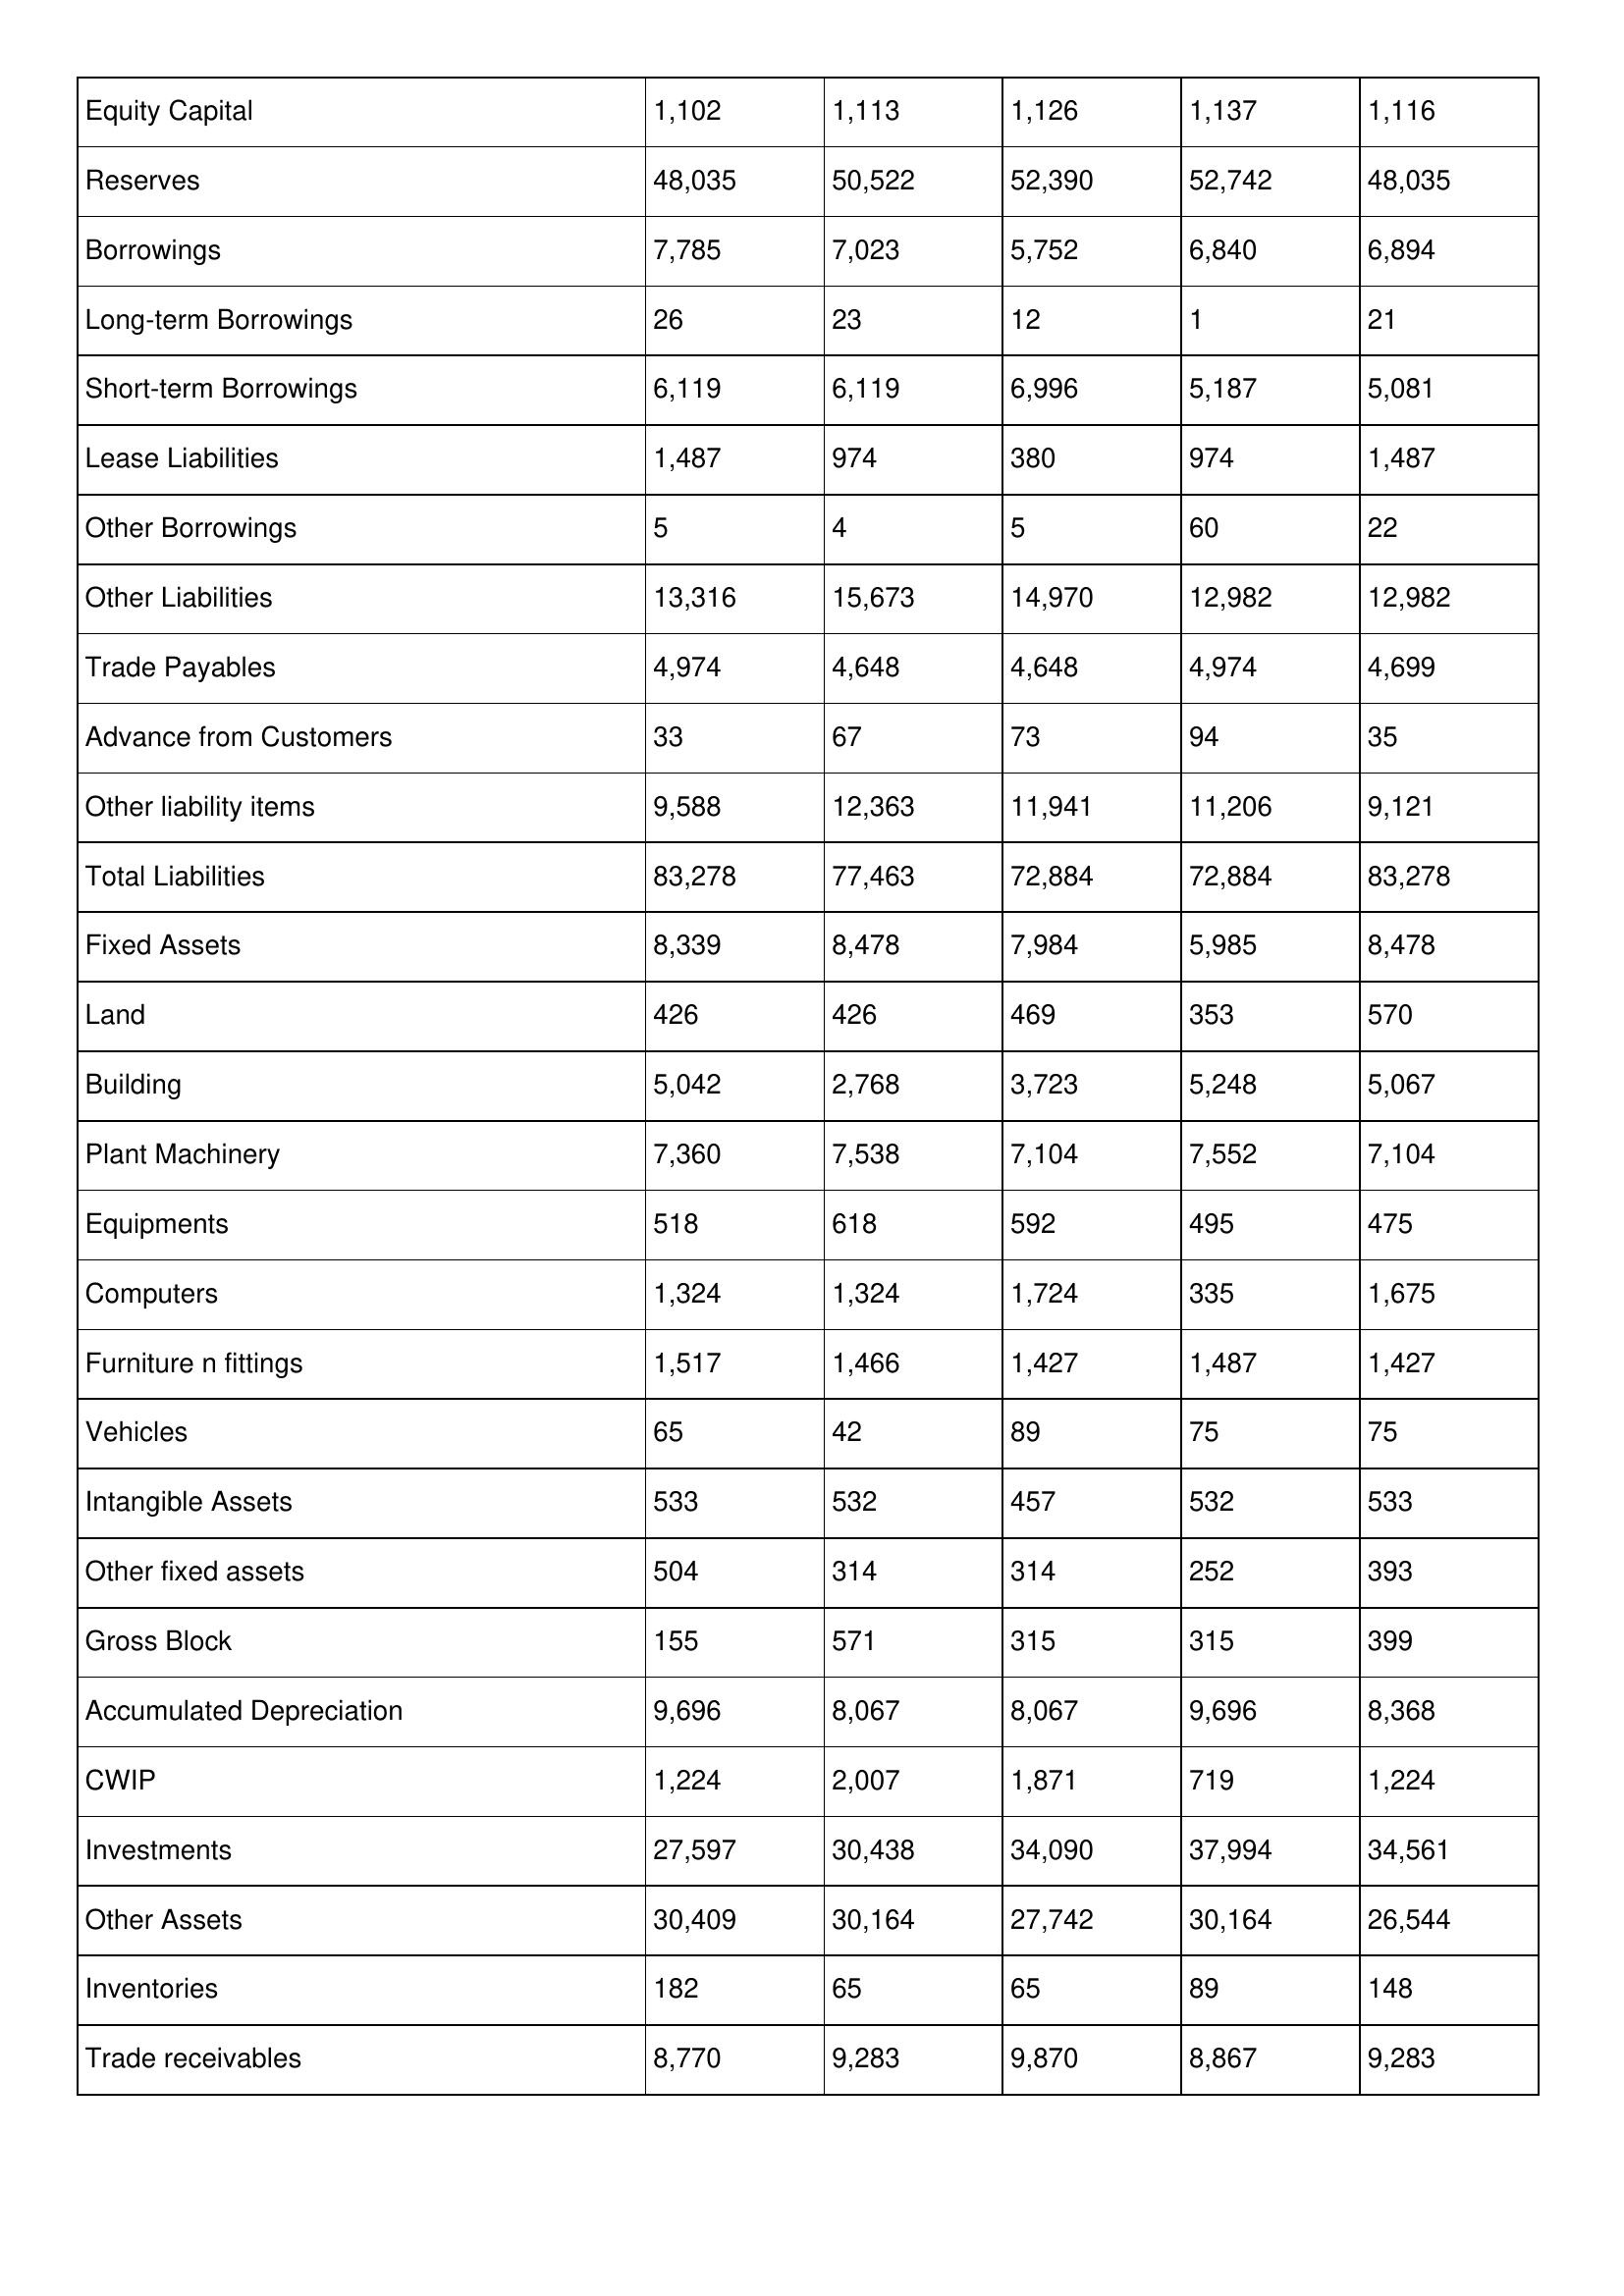
gt_parse: 2014: Balance Sheet: Equity Capital: 1,102
Reserves: 48,035
Borrowings: 7,785
Long-term Borrowings: 26
Short-term Borrowings: 6,119
Lease Liabilities: 1,487
Other Borrowings: 5
Other Liabilities: 13,316
Trade Payables: 4,974
Advance from Customers: 33
Other liability items: 9,588
Total Liabilities: 83,278
Fixed Assets: 8,339
Land: 426
Building: 5,042
Plant Machinery: 7,360
Equipments: 518
Computers: 1,324
Furniture n fittings: 1,517
Vehicles: 65
Intangible Assets: 533
Other fixed assets: 504
Gross Block: 155
Accumulated Depreciation: 9,696
CWIP: 1,224
Investments: 27,597
Other Assets: 30,409
Inventories: 182
Trade receivables: 8,770
2013: Balance Sheet: Equity Capital: 1,113
Reserves: 50,522
Borrowings: 7,023
Long-term Borrowings: 23
Short-term Borrowings: 6,119
Lease Liabilities: 974
Other Borrowings: 4
Other Liabilities: 15,673
Trade Payables: 4,648
Advance from Customers: 67
Other liability items: 12,363
Total Liabilities: 77,463
Fixed Assets: 8,478
Land: 426
Building: 2,768
Plant Machinery: 7,538
Equipments: 618
Computers: 1,324
Furniture n fittings: 1,466
Vehicles: 42
Intangible Assets: 532
Other fixed assets: 314
Gross Block: 571
Accumulated Depreciation: 8,067
CWIP: 2,007
Investments: 30,438
Other Assets: 30,164
Inventories: 65
Trade receivables: 9,283
2012: Balance Sheet: Equity Capital: 1,126
Reserves: 52,390
Borrowings: 5,752
Long-term Borrowings: 12
Short-term Borrowings: 6,996
Lease Liabilities: 380
Other Borrowings: 5
Other Liabilities: 14,970
Trade Payables: 4,648
Advance from Customers: 73
Other liability items: 11,941
Total Liabilities: 72,884
Fixed Assets: 7,984
Land: 469
Building: 3,723
Plant Machinery: 7,104
Equipments: 592
Computers: 1,724
Furniture n fittings: 1,427
Vehicles: 89
Intangible Assets: 457
Other fixed assets: 314
Gross Block: 315
Accumulated Depreciation: 8,067
CWIP: 1,871
Investments: 34,090
Other Assets: 27,742
Inventories: 65
Trade receivables: 9,870
2011: Balance Sheet: Equity Capital: 1,137
Reserves: 52,742
Borrowings: 6,840
Long-term Borrowings: 1
Short-term Borrowings: 5,187
Lease Liabilities: 974
Other Borrowings: 60
Other Liabilities: 12,982
Trade Payables: 4,974
Advance from Customers: 94
Other liability items: 11,206
Total Liabilities: 72,884
Fixed Assets: 5,985
Land: 353
Building: 5,248
Plant Machinery: 7,552
Equipments: 495
Computers: 335
Furniture n fittings: 1,487
Vehicles: 75
Intangible Assets: 532
Other fixed assets: 252
Gross Block: 315
Accumulated Depreciation: 9,696
CWIP: 719
Investments: 37,994
Other Assets: 30,164
Inventories: 89
Trade receivables: 8,867
2010: Balance Sheet: Equity Capital: 1,116
Reserves: 48,035
Borrowings: 6,894
Long-term Borrowings: 21
Short-term Borrowings: 5,081
Lease Liabilities: 1,487
Other Borrowings: 22
Other Liabilities: 12,982
Trade Payables: 4,699
Advance from Customers: 35
Other liability items: 9,121
Total Liabilities: 83,278
Fixed Assets: 8,478
Land: 570
Building: 5,067
Plant Machinery: 7,104
Equipments: 475
Computers: 1,675
Furniture n fittings: 1,427
Vehicles: 75
Intangible Assets: 533
Other fixed assets: 393
Gross Block: 399
Accumulated Depreciation: 8,368
CWIP: 1,224
Investments: 34,561
Other Assets: 26,544
Inventories: 148
Trade receivables: 9,283